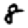
Digit: 8